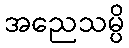
အညေသမ္ပိ